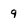
Character: 9